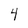
Character: 4